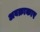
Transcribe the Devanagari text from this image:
अवक्राकार